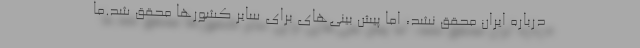
درباره ایران محقق نشد، اما پیش بینی‌های برای سایر کشور‌ها محقق شد.ما